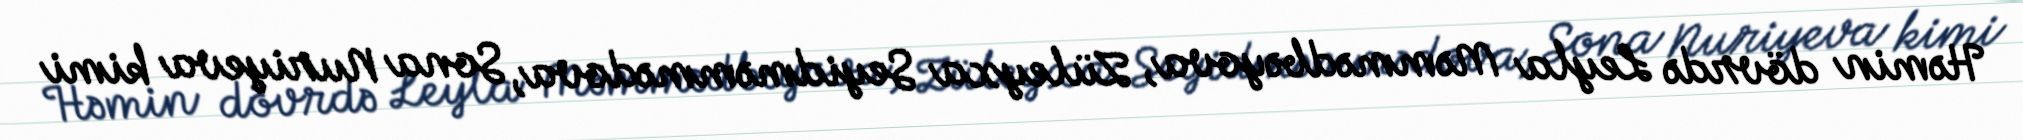
Həmin dövrdə Leyla Məmmədbəyova, Züleyxa Seyidməmmədova, Sona Nuriyeva kimi